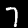
Digit: 7